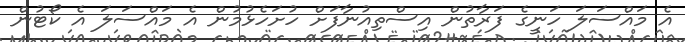
އެ މައްސަލަ ހަނީގެ ފަރާތުން އިސްތިއުނާފަށް ހުށަހެޅުމުން އެ މައްސަލަ އެ ކޯޓުން